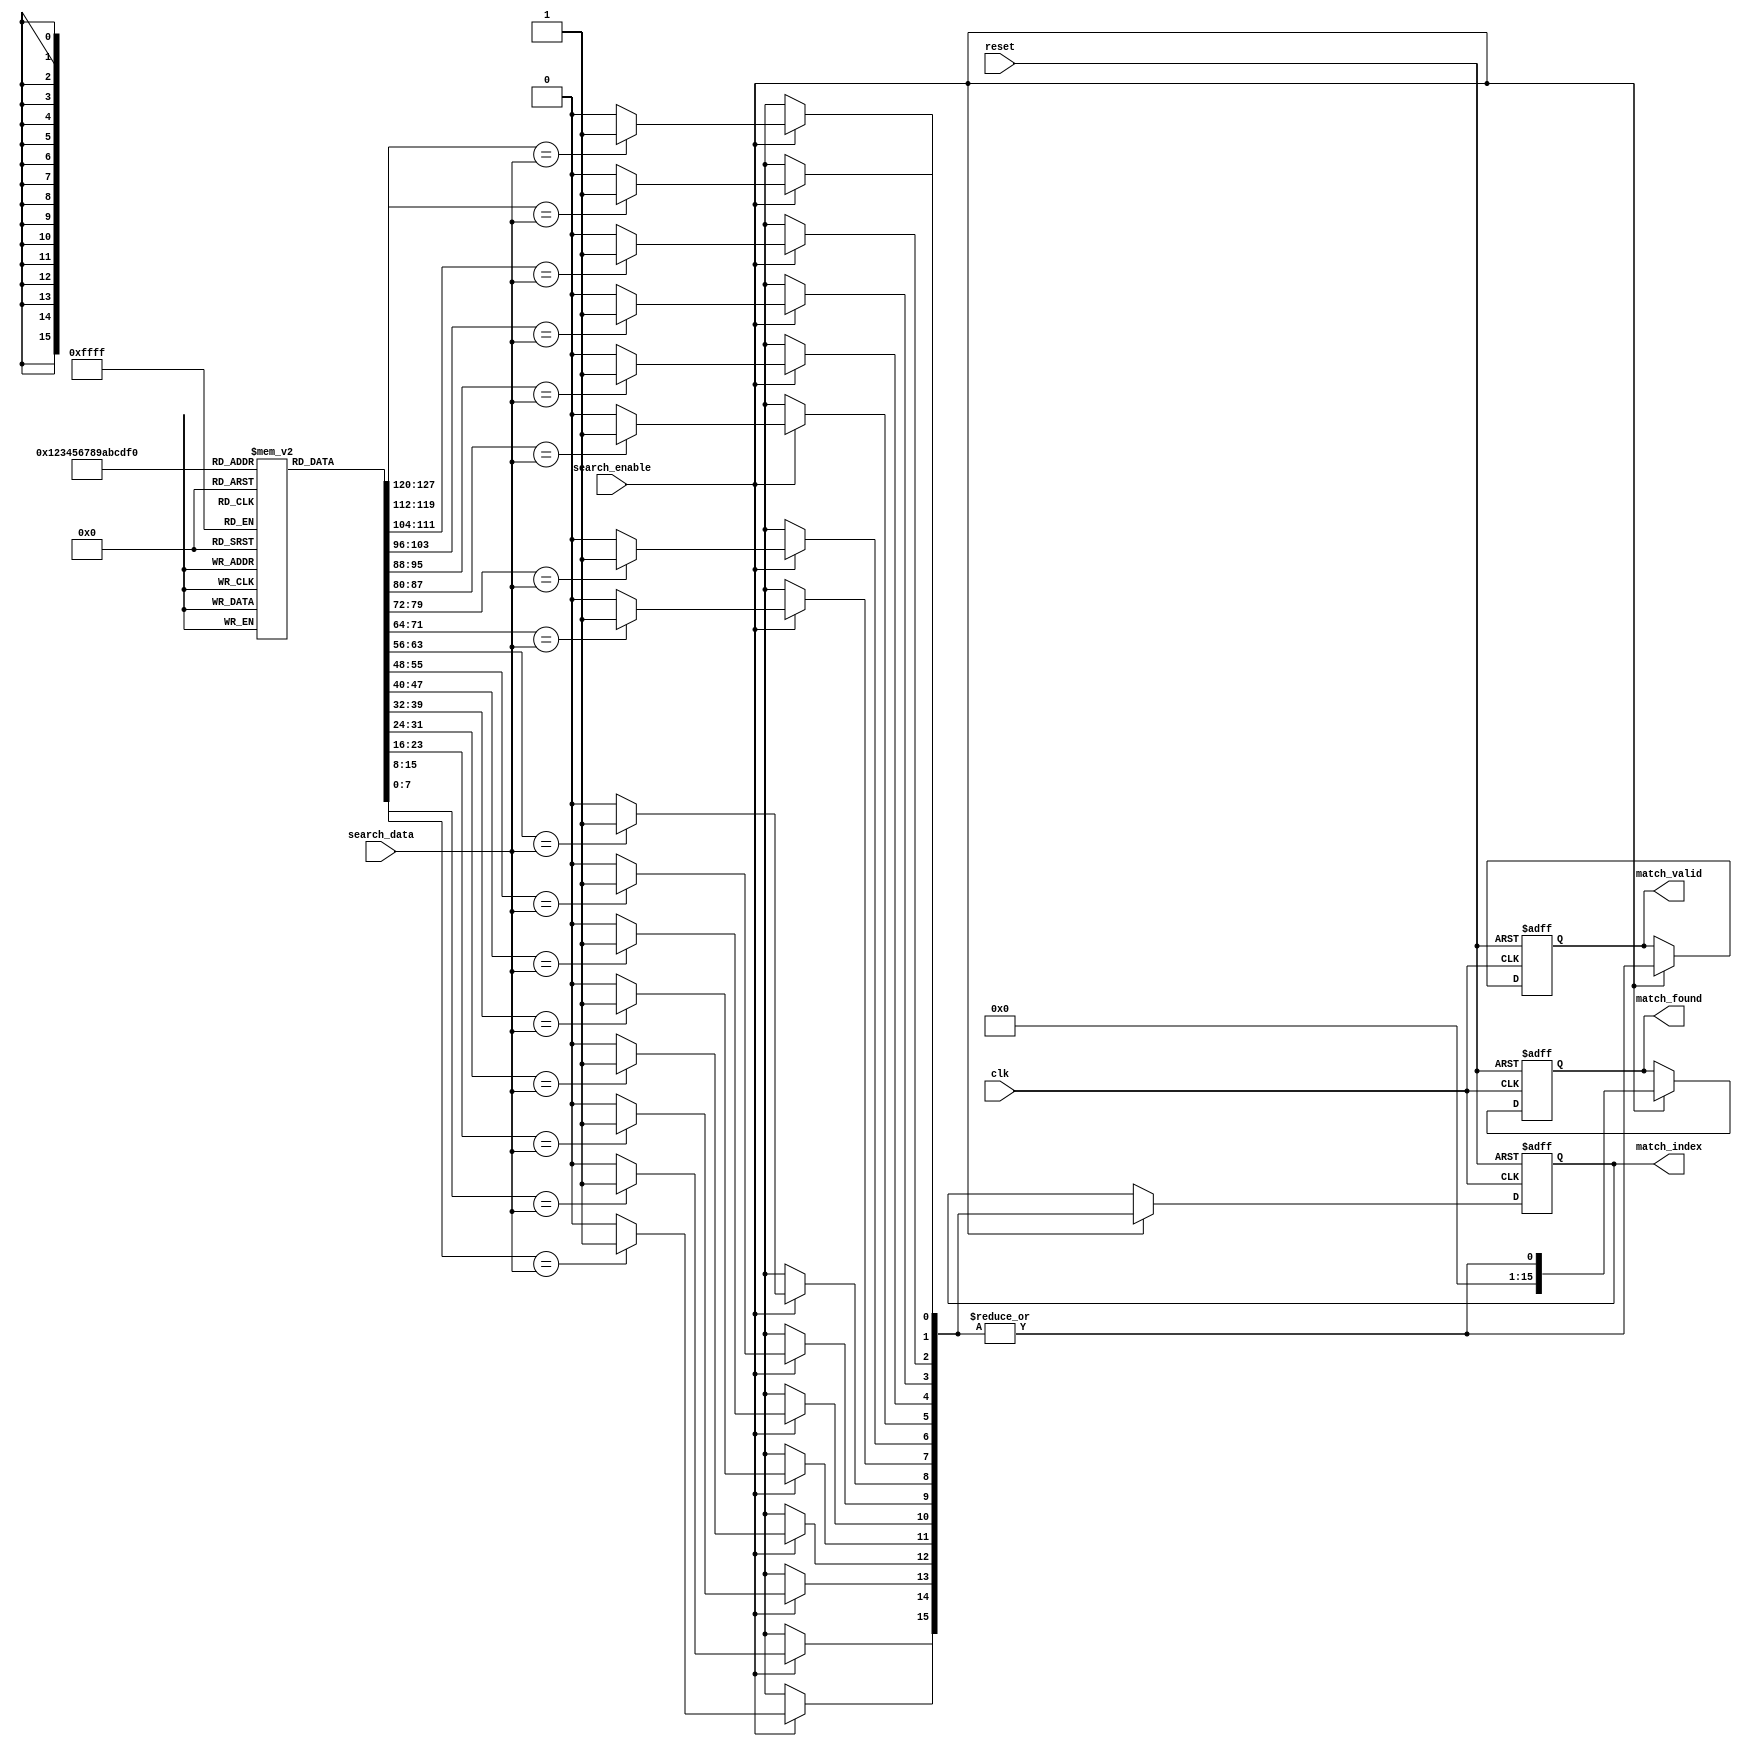
module SequentialCAM #(
    parameter DATA_WIDTH = 8,        // Width of each entry (8, 16, 32 bits)
    parameter NUM_ENTRIES = 16        // Number of entries in the CAM
) (
    input wire clk,                   // Clock signal
    input wire reset,                 // Reset signal
    input wire [DATA_WIDTH-1:0] search_data, // Data pattern to search
    input wire search_enable,          // Enable search operation
    output reg [NUM_ENTRIES-1:0] match_found, // Match output (1 for match, 0 for no match)
    output reg [NUM_ENTRIES-1:0] match_index, // Indices of matching entries
    output reg match_valid            // Valid signal for matches
);

    // Memory Array
    reg [DATA_WIDTH-1:0] memory [0:NUM_ENTRIES-1];

    // Internal signals
    integer i;
    reg [NUM_ENTRIES-1:0] temp_match;

    // Initialization (for simulation purposes)
    initial begin
        // Example initialization, can be replaced with actual initialization logic
        for (i = 0; i < NUM_ENTRIES; i = i + 1) begin
            memory[i] = i; // Assigning incremental values for testing
        end
    end

    // Search Logic
    always @(posedge clk or posedge reset) begin
        if (reset) begin
            match_found <= 0;
            match_index <= 0;
            match_valid <= 0;
        end else if (search_enable) begin
            temp_match = 0;
            match_found = 0;
            match_valid = 0;

            // Compare input pattern against all entries
            for (i = 0; i < NUM_ENTRIES; i = i + 1) begin
                if (memory[i] == search_data) begin
                    temp_match[i] = 1'b1; // Mark this entry as a match
                end
            end
            
            match_found = |temp_match; // Logical OR to check if any match
            match_index = temp_match; // Store match indices
            match_valid = match_found; // Set valid if any match found
        end
    end

endmodule